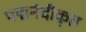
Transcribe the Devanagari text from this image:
पद्मनंदीकृत